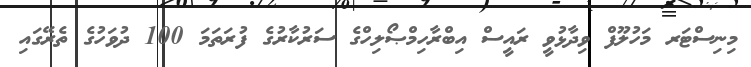
މިނިސްޓަރ މަހުލޫފް ވިދާޅުވީ ރައީސް އިބްރާހިމްޞޯލިހްގެ ސަރުކާރުގެ ފުރަތަމަ 100 ދުވަހުގެ ތެރޭގައި